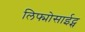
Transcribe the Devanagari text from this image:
लिफ्मोसाईट्स